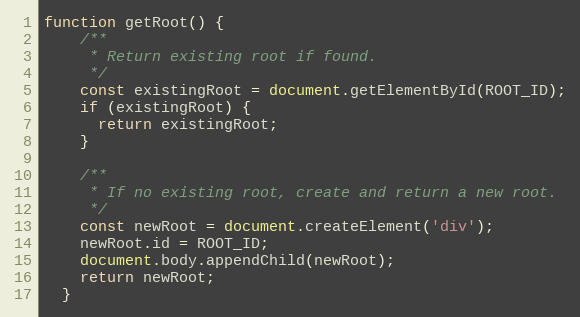
Language: JavaScript
function getRoot() {
    /**
     * Return existing root if found.
     */
    const existingRoot = document.getElementById(ROOT_ID);
    if (existingRoot) {
      return existingRoot;
    }

    /**
     * If no existing root, create and return a new root.
     */
    const newRoot = document.createElement('div');
    newRoot.id = ROOT_ID;
    document.body.appendChild(newRoot);
    return newRoot;
  }